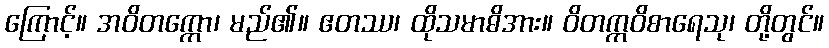
ကြောင့်။ အဝိတက္ကော၊ မည်၏။ ဧတဿ၊ ထိုသမာဓိအား။ ဝိတက္ကဝိစာရေသု၊ တို့တွင်။